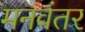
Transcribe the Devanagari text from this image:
मनवंतर